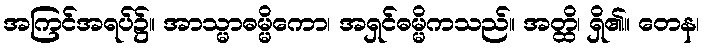
အကြင်အရပ်၌။ အာသ္မာဓမ္မိကော၊ အရှင်ဓမ္မိကသည်။ အတ္ထိ၊ ရှိ၏။ တေန၊